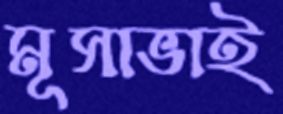
মূসাভাই